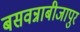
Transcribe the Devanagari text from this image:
बसवन्नाबीजापुर